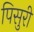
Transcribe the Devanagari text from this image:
पिसुरी